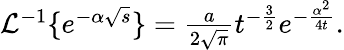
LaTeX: \begin{array}{r}{\mathcal{L}^{-1}\{ e^{-\alpha\sqrt{s}}\} =\frac{a}{2\sqrt{\pi}}t^{-\frac{3}{2}}e^{-\frac{\alpha^{2}}{4t}}.}\end{array}